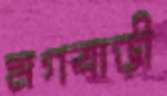
মগবাড়ী